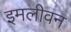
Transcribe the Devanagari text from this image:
इमलीवन